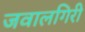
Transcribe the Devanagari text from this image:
जवालगिरी